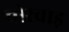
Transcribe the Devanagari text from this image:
चोरवाड़